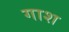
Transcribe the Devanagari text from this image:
गाश